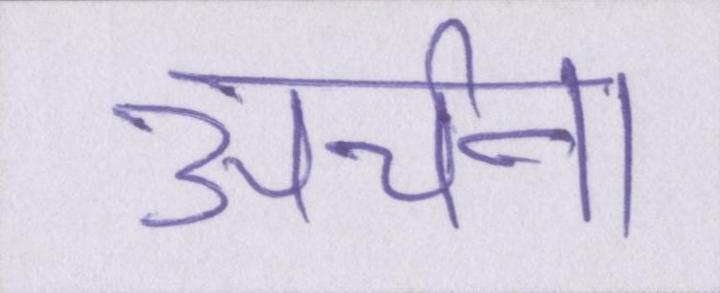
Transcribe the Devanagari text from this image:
अर्चना